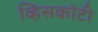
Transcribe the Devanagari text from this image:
व्हिसकोंटी